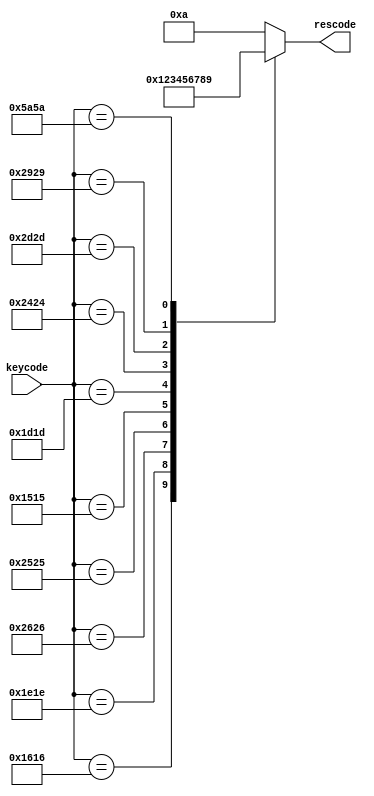
`timescale 1ns / 1ps
//////////////////////////////////////////////////////////////////////////////////
// Company: 
// Engineer: 
// 
// Design Name: 
// Module Name: key_translate
// Project Name: 
// Target Devices: 
// Tool Versions: 
// Description: 
// 
// Dependencies: 
// 
// Revision:
// Revision 0.01 - File Created
// Additional Comments:
// 
//////////////////////////////////////////////////////////////////////////////////


module key_translate(
    input [15:0] keycode,
    output reg [3:0] rescode
    );
    always @(*)
            begin
                case(keycode)
                16'b0001011000010110: rescode = 4'b0000;  // 1
                16'b0001111000011110: rescode = 4'b0001;  // 2
                16'b0010011000100110: rescode = 4'b0010;  // 3
                16'b0010010100100101: rescode = 4'b0011;  // 4
                16'b0001010100010101: rescode = 4'b0100;  // Q
                16'b0001110100011101: rescode = 4'b0101;  // W
                16'b0010010000100100: rescode = 4'b0110;  // E
                16'b0010110100101101: rescode = 4'b0111;  // R
                16'b0010100100101001: rescode = 4'b1000;  // SPACE
                16'b0101101001011010: rescode = 4'b1001;  // ENTER
                default: rescode = 4'b1010; // "default no pasa nada"
                endcase
            end
endmodule